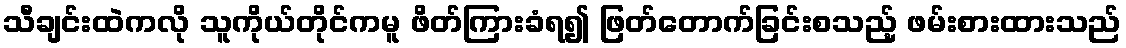
သီချင်းထဲကလို သူကိုယ်တိုင်ကမူ ဖိတ်ကြားခံရ၍ ဖြတ်တောက်ခြင်းစသည့် ဖမ်းစားထားသည်